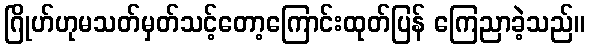
ဂြိုဟ်ဟုမသတ်မှတ်သင့်တော့ကြောင်းထုတ်ပြန် ကြေညာခဲ့သည်။